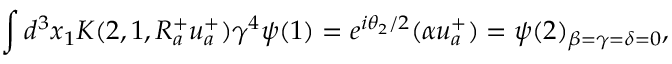
\int d ^ { 3 } x _ { 1 } K ( 2 , 1 , R _ { a } ^ { + } u _ { a } ^ { + } ) \gamma ^ { 4 } \psi ( 1 ) = e ^ { i \theta _ { 2 } / 2 } ( \alpha u _ { a } ^ { + } ) = \psi ( 2 ) _ { \beta = \gamma = \delta = 0 } ,